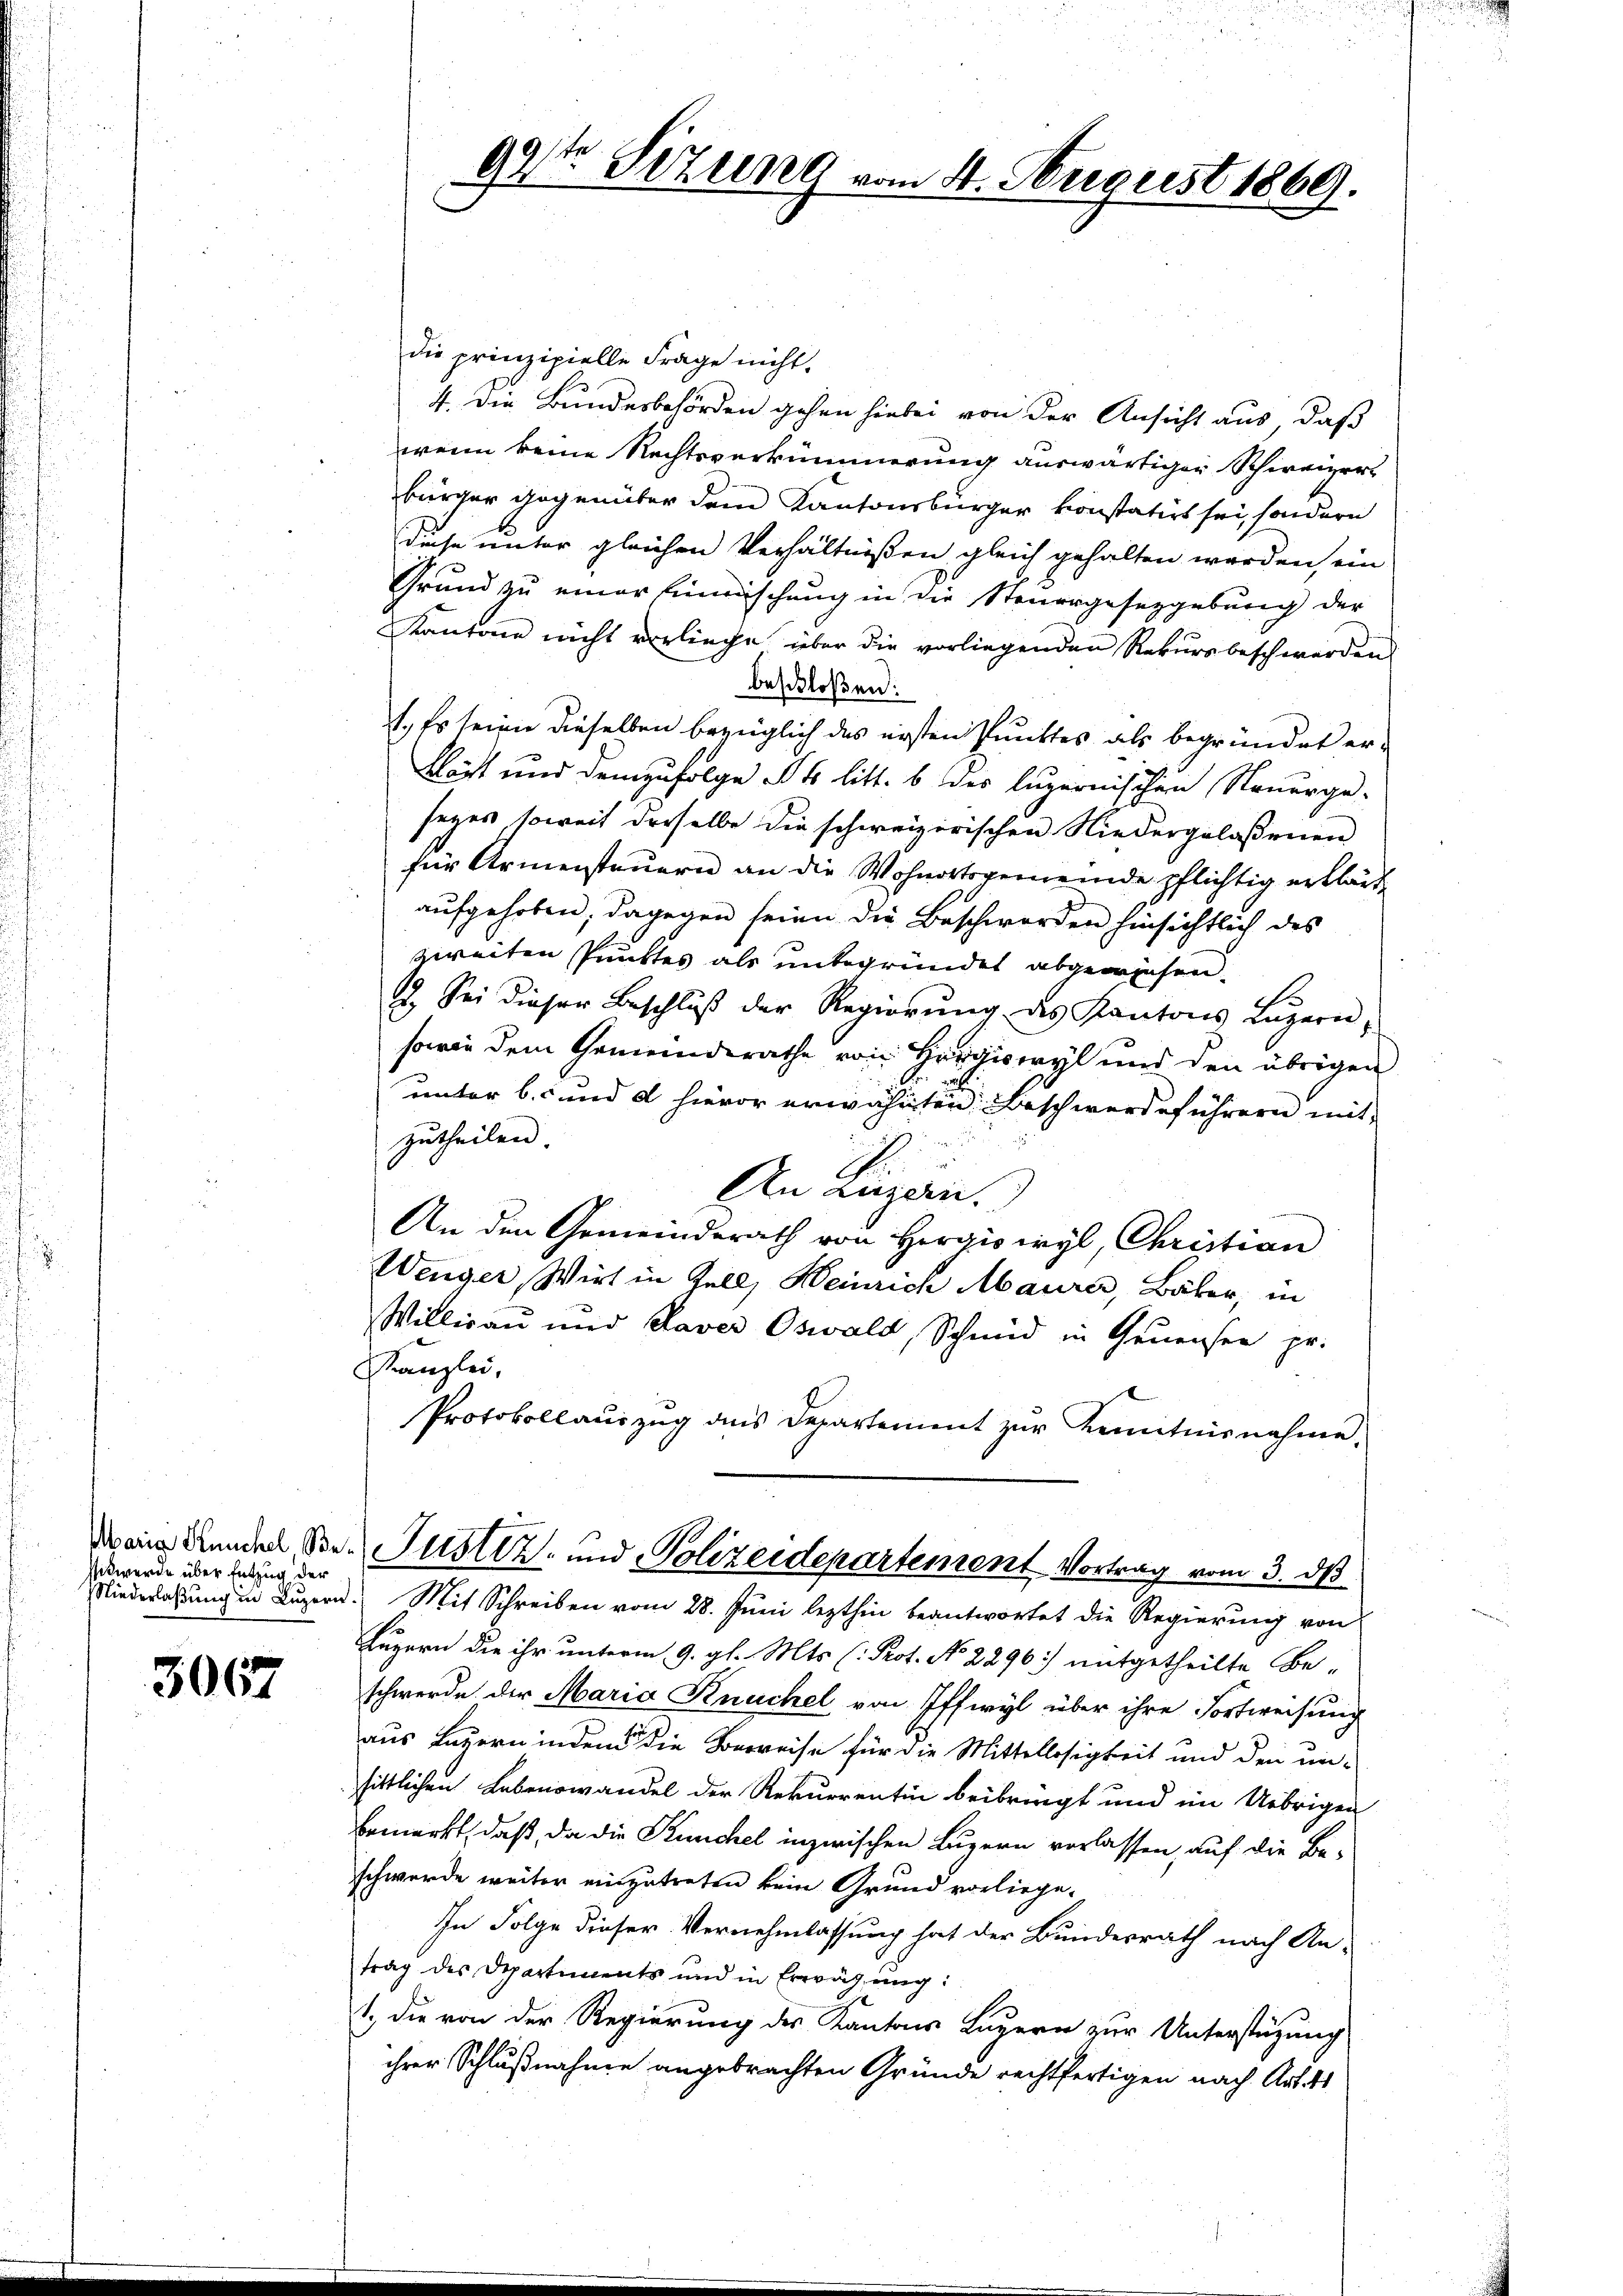
sit werde über Entzug der

3067

die prinzipielle Frage nicht.
4. Die Bundesbehörden gehen hiebei von der Ansicht aus, daß
wenn keine Rechtsverkümmerung auswärtiger Schweizer-
bürger gegenüber dem Kantonsbürger konstatirt sei, sondern
diese unter gleichen Verhältnißen gleich gehalten werden, ein
Grund zu einer Einmischung in die Steuergesetzgeburg der
Kantone nicht verliege über die vorliegenden Rekursbeschwerden
beschloßen:
1. Es seien dieselben bezüglich das ersten Punktes als begründet er-
Klöst und demzufolge § 4 litt. b des luzernischen Steuerge-
sezes soweit derselbe die schweizerischen Niedergelassenen
für Armensteuern an die Wohnortsgemeinde pflichtig erklärt
aufgehoben; dagegen seien die Beschwerden hinsichtlich des
zweiten Punktes als unbegründet abgewiesen.
1
2. Sei dieser Beschluß der Regierung des Kantons Luzern,
sowie dem Gemeinderathe von Hergiswyl und den übrigen
unter b. und 2 hievor erwähnten Beschwerdeführern mit
zŭtheilen.
An Lizen.
An den Gemeinderath von Hergisiryl, Christian
Wenger, Wirt in Zell, Heinrich Maurer, Bäber, in
Willirau und Daver Oswald, Schmid in Genersen pr.
Kanzlei,
Protokollauszug das Departement zur Kenntnisnahme.
Dein Grunde Belustiz- und Polizeidepartement Vortrag vom 3. ds
Niederlassung in Luzern. Mit Schreiben vom 28. Juni lezthin beantwortet die Regierung von
Luzern die ihr unterm 9. gl. Mts. (Prot. No 2296) mitgetheilte Be-
schwerde der Maria Knuchel von Iffwyl über ihre Fortweisung
aus Luzern inden die Ferreise für die Mittellosigkeit und den un-
sittlichen Lebenswandel der Rekurrentin beibringt und im Uebrigen
bemerkt, daß, da die Künchel inzwischen Luzern verlassen, auf die Beschwerde weiter einzutreten kein Grund vorliege,
In Folge dieser Vernehmlassung hat der Bundesrath nach An-
trag des Departiments und in Erwägung:
1., die von der Regierung des Kantons Luzern zur Unterstüzung
ihrer Schlußnahme angebrachten Gründe rechtfertigen nach Artik

92te Sitzung vom 4. August 1869.